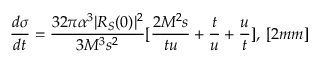
\displaystyle \frac { d \sigma } { d t } = \frac { 3 2 \pi \alpha ^ { 3 } | R _ { S } ( 0 ) | ^ { 2 } } { 3 M ^ { 3 } s ^ { 2 } } [ \frac { 2 M ^ { 2 } s } { t u } + \frac { t } { u } + \frac { u } { t } ] , \, [ 2 m m ]